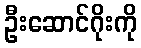
ဦးဆောင်ဂိုးကို